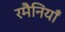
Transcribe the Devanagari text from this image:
रमैनियाँ